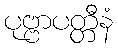
ပုဗ္ဗာပတ္တီနံ